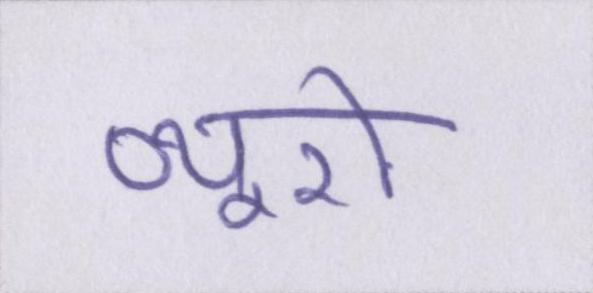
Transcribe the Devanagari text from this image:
ब्यूरो